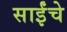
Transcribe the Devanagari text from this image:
साईंचे